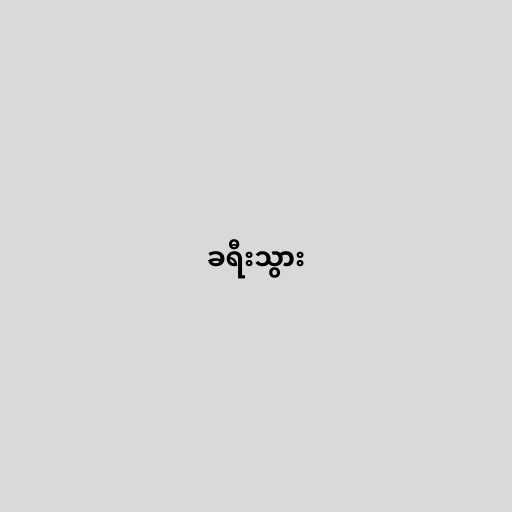
ခရီးသွား